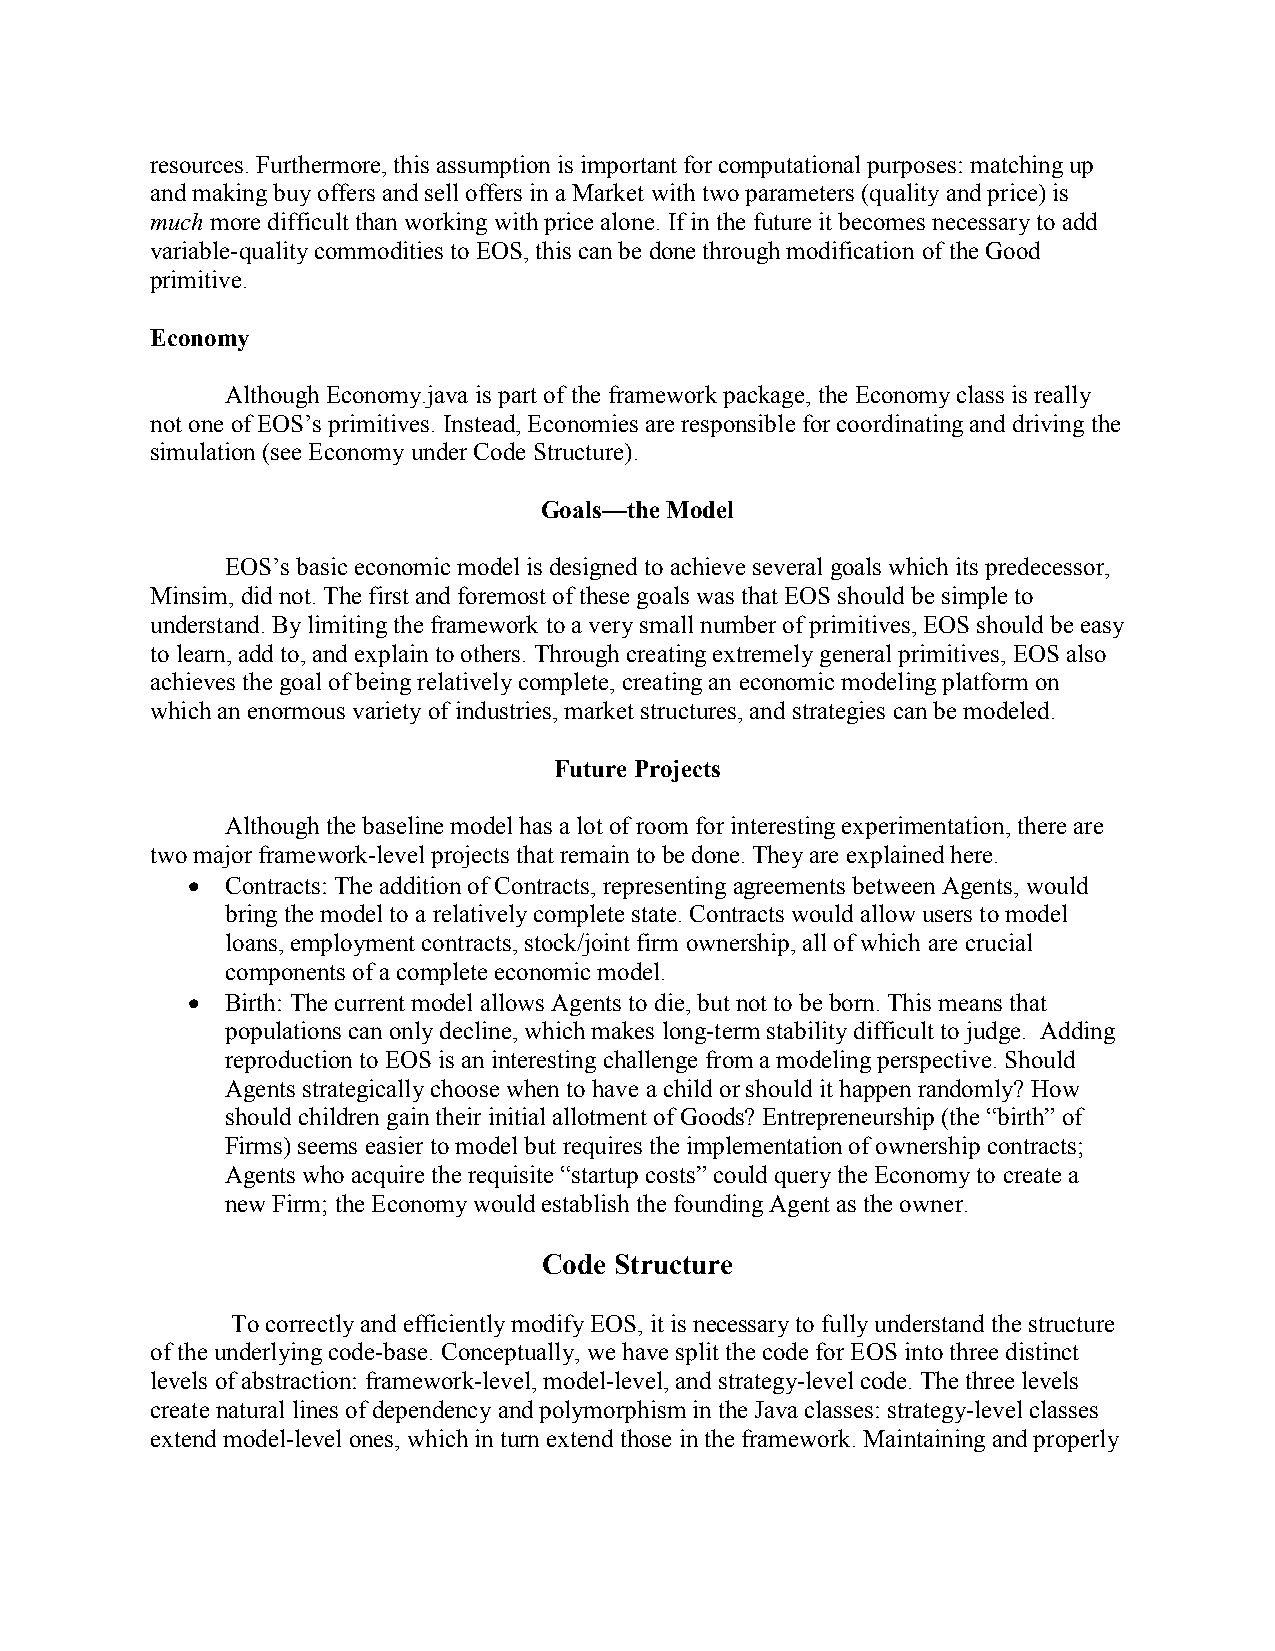
resources. Furthermore, this assumption is important for computational purposes: matching up
 and making buy offers and sell offers in a Market with two parameters (quality and price) is
 much more difficult than working with price alone. If in the future it becomes necessary to add
 variable-quality commodities to EOS, this can be done through modification of the Good
 primitive.
 Economy
 Although Economy.java is part of the framework package, the Economy class is really
 not one of EOS’s primitives. Instead, Economies are responsible for coordinating and driving the
 simulation (see Economy under Code Structure).
 Goals—the Model
 EOS’s basic economic model is designed to achieve several goals which its predecessor,
 Minsim, did not. The first and foremost of these goals was that EOS should be simple to
 understand. By limiting the framework to a very small number of primitives, EOS should be easy
 to learn, add to, and explain to others. Through creating extremely general primitives, EOS also
 achieves the goal of being relatively complete, creating an economic modeling platform on
 which an enormous variety of industries, market structures, and strategies can be modeled.
 Future Projects
 Although the baseline model has a lot of room for interesting experimentation, there are
 two major framework-level projects that remain to be done. They are explained here.
 •  Contracts: The addition of Contracts, representing agreements between Agents, would
 bring the model to a relatively complete state. Contracts would allow users to model
 loans, employment contracts, stock/joint firm ownership, all of which are crucial
 components of a complete economic model.
 •  Birth: The current model allows Agents to die, but not to be born. This means that
 populations can only decline, which makes long-term stability difficult to judge. Adding
 reproduction to EOS is an interesting challenge from a modeling perspective. Should
 Agents strategically choose when to have a child or should it happen randomly? How
 should children gain their initial allotment of Goods? Entrepreneurship (the “birth” of
 Firms) seems easier to model but requires the implementation of ownership contracts;
 Agents who acquire the requisite “startup costs” could query the Economy to create a
 new Firm; the Economy would establish the founding Agent as the owner.
 Code Structure
 To correctly and efficiently modify EOS, it is necessary to fully understand the structure
 of the underlying code-base. Conceptually, we have split the code for EOS into three distinct
 levels of abstraction: framework-level, model-level, and strategy-level code. The three levels
 create natural lines of dependency and polymorphism in the Java classes: strategy-level classes
 extend model-level ones, which in turn extend those in the framework. Maintaining and properly